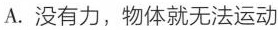
A. 没有力，物体就无法运动